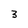
Character: 3